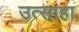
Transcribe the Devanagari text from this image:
उत्साहा